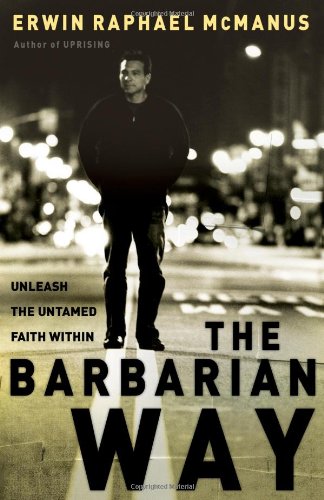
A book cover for The Barbarian Way: Unleash the Untamed Faith Within; Erwin Raphael McManus; Christian Books & Bibles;